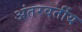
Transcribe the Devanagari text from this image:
अंतरवर्तीय